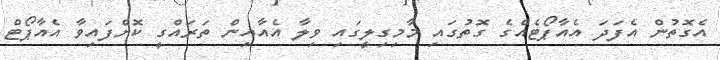
އެގޮތުން އެފަދަ އެއާޕޯޓެއްގެ ގޮތުގައި މާމިގިލީގައި ވިލާ އެއާއިން ތަރައްގީ ކޮށްފައިވާ އެއާޕޯޓް